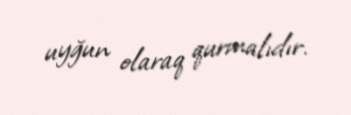
uyğun olaraq qurmalıdır.